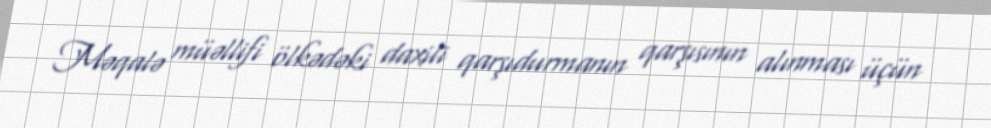
Məqalə müəllifi ölkədəki daxili qarşıdurmanın qarşısının alınması üçün